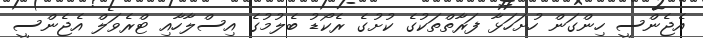
އެޖެންސީ ހިންގަން ހުށަހަޅާ ފަރާތްތަކުގެ ކުށުގެ ރެކޯޑު ބެލުމުގެ އިސްލާހާއި ޓްރެވަލް އެޖެންސީ